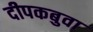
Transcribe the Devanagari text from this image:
दीपकबुवा